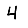
Digit: 4